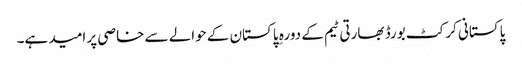
پاکستانی کرکٹ بورڈ بھارتی ٹیم کے دورہ ِ پاکستان کے حوالے سے خاصی پر امید ہے۔